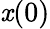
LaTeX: \mathit{x}(0)